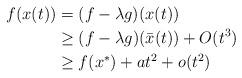
LaTeX: \begin{align*}f(x(t))&=(f-\lambda g)(x(t))\\&\ge (f-\lambda g)(\bar{x}(t))+O(t^3)\\&\ge f(x^*)+at^2+o(t^2)\end{align*}